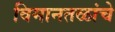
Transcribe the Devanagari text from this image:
विमानतळांचे